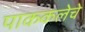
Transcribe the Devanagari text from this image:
पाककलेचे